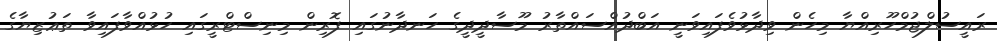
ރައީސުލްޖުމްހޫރިއްޔާ މިހެން ވިދާޅުވެފައިވަނީ އަބްދުއްސައްތާރު މޫސާދީދީގެ ހަނދާނުގައި ފޮރިން މިނިސްޓްރީގައި ހުޅުއްވާފައިވާ ތަޢުޒިޔާގެ